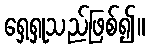
ရှေ့ရှုသည်ဖြစ်၍။